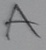
Text: A